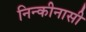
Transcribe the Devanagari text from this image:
निन्कीनासी